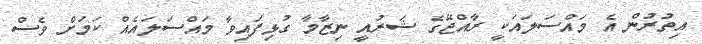
އިތުރުން އެ މައްސަލައަކީ ރާއްޖޭގެ ޝަރުއީ ނިޒާމާ ގުޅިފައިވާ މައްސަލައެއް ކަމަށް ވެސް